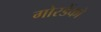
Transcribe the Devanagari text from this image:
गोरडेंको